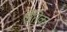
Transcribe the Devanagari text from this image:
ऐतिक